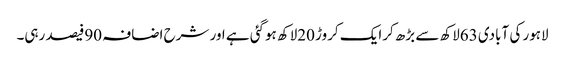
لاہور کی آبادی 63لاکھ سے بڑھ کرایک کروڑ 20لاکھ ہوگئی ہے اور شرح اضافہ 90فیصد رہی۔